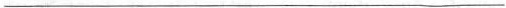
___